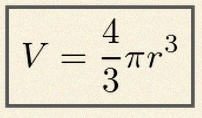
V=\frac43\pi r^3